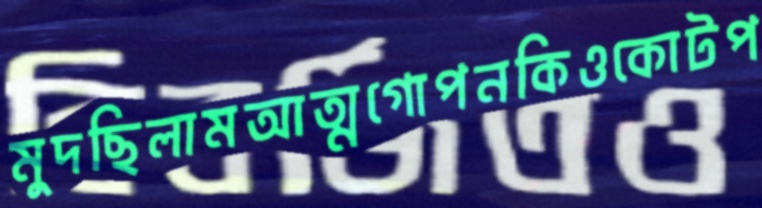
মুদছিলামআত্মগোপনকিওকোটপ